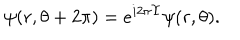
\psi ( r , \theta + 2 \pi ) = e ^ { i 2 \pi \Upsilon } \psi ( r , \theta ) .